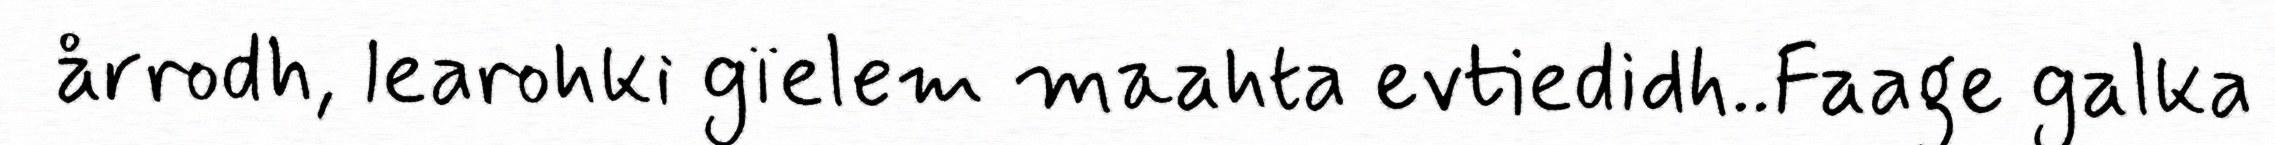
årrodh, learohki gïelem maahta evtiedidh..Faage galka